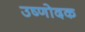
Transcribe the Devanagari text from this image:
उष्णोदक